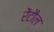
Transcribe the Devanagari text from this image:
रेंटौल